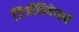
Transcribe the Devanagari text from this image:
जिजीविषेच्छतं